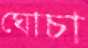
ঘোচা